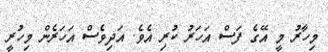
މިހާރު މީ އޭގެ ފަސް އަހަރު ކުރި އެވެ. އަދިވެސް އަހަރެން މިހުރީ